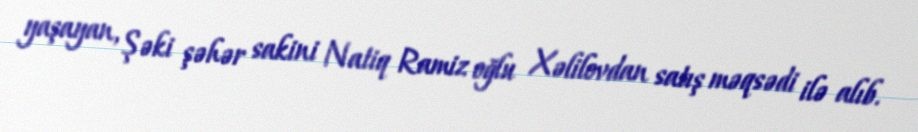
yaşayan, Şəki şəhər sakini Natiq Ramiz oğlu Xəlilovdan satış məqsədi ilə alıb.